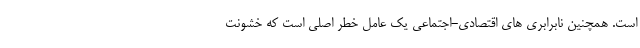
است. همچنین نابرابری های اقتصادی-اجتماعی یک عامل خطر اصلی است که خشونت